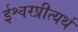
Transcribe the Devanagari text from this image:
ईश्वरप्रीत्यर्थ